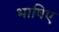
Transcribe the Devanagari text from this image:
भाषिए